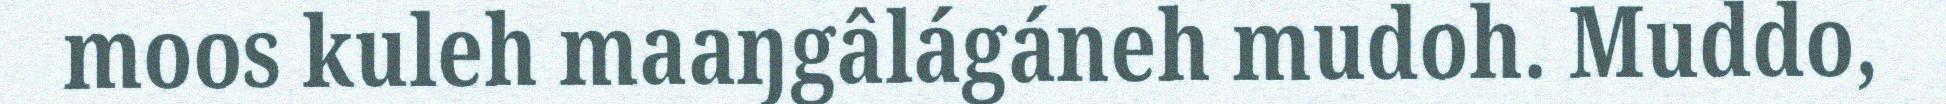
moos kuleh maaŋgâlágáneh mudoh. Muddo,